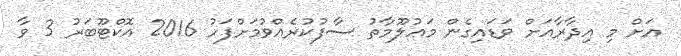
އަށް މި އިދާރާއަށް ވަޑައިގެން މަޢުލޫމާތު ސާފުކުރެއްވުމަށްފަހު 2016 އޮކްޓޫބަރު 3 ވާ